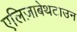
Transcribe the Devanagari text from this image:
एलिज़ाबेथटाउन